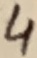
Text: 4